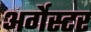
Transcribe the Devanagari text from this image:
अर्गेस्टर